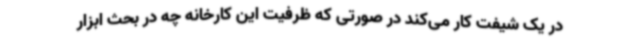
در یک شیفت کار می‌کند در صورتی که ظرفیت این کارخانه چه در بحث ابزار